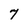
Character: 7